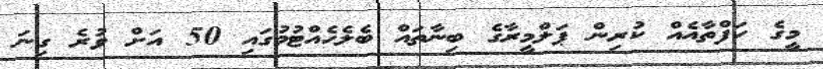
މީގެ ހަފްތާއެއް ކުރިން ޕަލްމީރާގެ ބިނާތައް ބެލެހެއްޓުމުގައި 50 އަށް ވުރެ ގިނަ